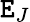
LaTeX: \mathtt{E}_{J}